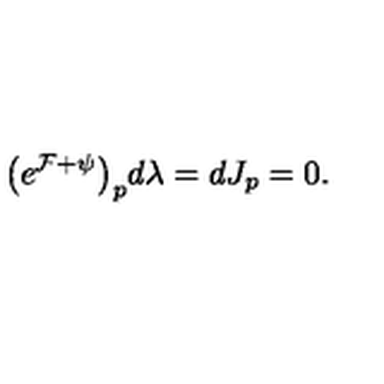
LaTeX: \big ( e ^ { \cal F + \psi } \big ) _ { p } d \lambda = d J _ { p } = 0 .